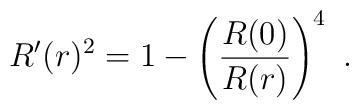
R'(r)^2=1-\left( {R(0) \over  R(r)} \right)^4 \ .